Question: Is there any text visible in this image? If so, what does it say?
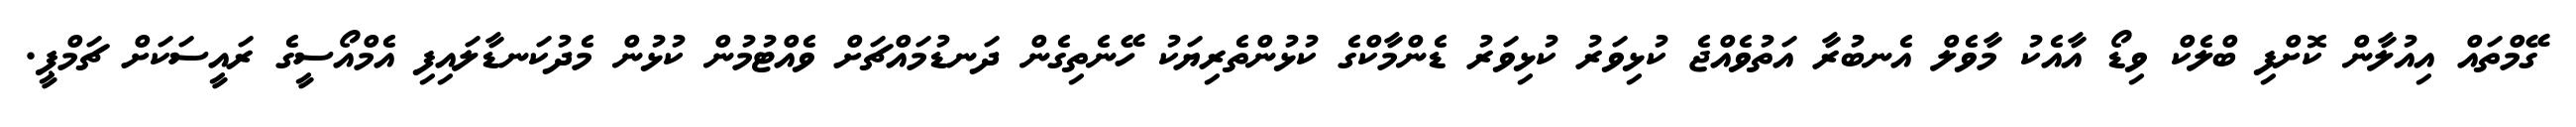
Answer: ގޭމްތައް އިއުލާން ކޮށްފި ބްލެކް ވިޑޯ އާއެކު މާވެލް އެނބުރާ އަތުވެއްޖެ ކުޅިވަރު ކުޅިވަރު ޑެންމާކްގެ ކުޅުންތެރިޔަކު ހޭނެތިގެން ދަނޑުމައްޗަށް ވެއްޓުމުން ކުޅުން މެދުކަނޑާލައިފި އެމްއޯސީގެ ރައީސަކަށް ޗަމްޕީ.